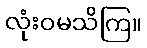
လုံးဝမသိကြ။